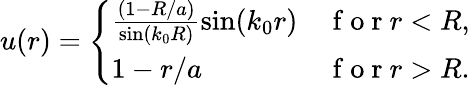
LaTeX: u(r)=\left\{ \begin{array}{ll}{\frac{\left(1-R/a\right)}{\sin(k_{0}R)}\sin(k_{0}r)}&{\mathrm{~f~o~r~}r<R,}\\ {1-r/a}&{\mathrm{~f~o~r~}r>R.}\end{array}\right.